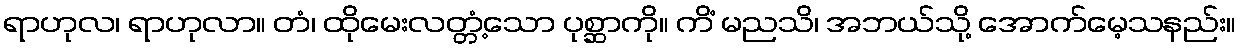
ရာဟုလ၊ ရာဟုလာ။ တံ၊ ထိုမေးလတ္တံ့သော ပုစ္ဆာကို။ ကိံ မညသိ၊ အဘယ်သို့ အောက်မေ့သနည်း။